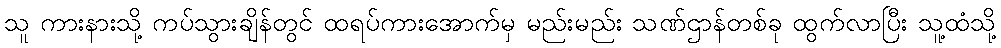
သူ ကားနားသို့ ကပ်သွားချိန်တွင် ထရပ်ကားအောက်မှ မည်းမည်း သဏ်ဌာန်တစ်ခု ထွက်လာပြီး သူ့ထံသို့